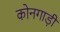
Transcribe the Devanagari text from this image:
कोनगाड़ी